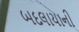
બદલાયાની